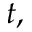
t ,